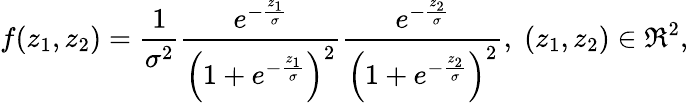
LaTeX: f(z_{1},z_{2})=\frac{1}{\sigma^{2}}\frac{e^{-\frac{z_{1}}{\sigma}}}{\left(1+e^{-\frac{z_{1}}{\sigma}}\right)^{2}}\frac{e^{-\frac{z_{2}}{\sigma}}}{\left(1+e^{-\frac{z_{2}}{\sigma}}\right)^{2}},\; (z_{1},z_{2})\in\Re^{2},